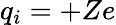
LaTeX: q_{i}=+Ze